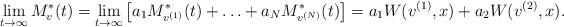
LaTeX: \begin{align*}\lim_{t\to\infty}M^*_v(t)=\lim_{t\to\infty}\big[a_1M^*_{v^{(1)}}(t)+\ldots+a_NM^*_{v^{(N)}}(t)\big]=a_1W(v^{(1)},x)+a_2W(v^{(2)},x).\end{align*}